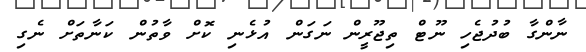
ނާންގާ ބުދުޖެހި ނޫޓް ތިޖޫރީން ނަގަން އުޅެނި ކޮށް ވާތުން ކަނާތަށް ނެގި